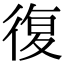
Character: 復